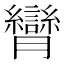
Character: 𦣏